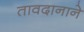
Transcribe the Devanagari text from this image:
तावदानाने